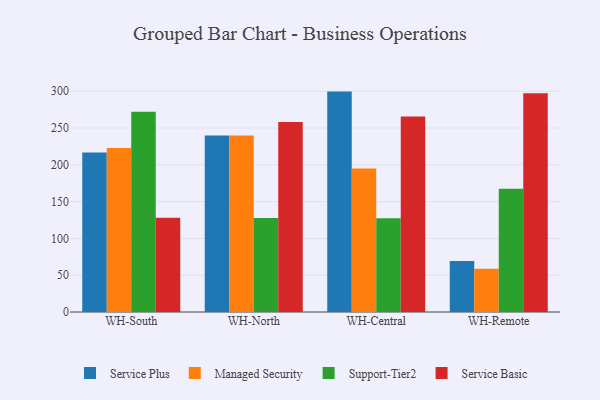
{"axis": {"x": "Warehouse", "y": "Churn Rate (%)"}, "legend": ["Managed Security", "Service Basic", "Service Plus", "Support-Tier2"], "data": [{"x": "WH-South", "y": 216.9, "type": "Service Plus"}, {"x": "WH-South", "y": 222.9, "type": "Managed Security"}, {"x": "WH-South", "y": 272.2, "type": "Support-Tier2"}, {"x": "WH-South", "y": 128.1, "type": "Service Basic"}, {"x": "WH-North", "y": 239.8, "type": "Service Plus"}, {"x": "WH-North", "y": 240.0, "type": "Managed Security"}, {"x": "WH-North", "y": 127.7, "type": "Support-Tier2"}, {"x": "WH-North", "y": 258.1, "type": "Service Basic"}, {"x": "WH-Central", "y": 299.5, "type": "Service Plus"}, {"x": "WH-Central", "y": 195.1, "type": "Managed Security"}, {"x": "WH-Central", "y": 127.4, "type": "Support-Tier2"}, {"x": "WH-Central", "y": 265.7, "type": "Service Basic"}, {"x": "WH-Remote", "y": 69.3, "type": "Service Plus"}, {"x": "WH-Remote", "y": 58.8, "type": "Managed Security"}, {"x": "WH-Remote", "y": 167.5, "type": "Support-Tier2"}, {"x": "WH-Remote", "y": 297.2, "type": "Service Basic"}]}